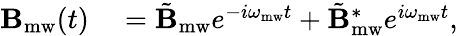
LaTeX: \begin{array}{rl}{\mathbf{B}_{\mathrm{mw}}(t)}&{{}=\tilde{\mathbf{B}}_{\mathrm{mw}}e^{-i\omega_{\mathrm{mw}}t}+\tilde{\mathbf{B}}_{\mathrm{mw}}^{*}e^{i\omega_{\mathrm{mw}}t},}\end{array}